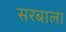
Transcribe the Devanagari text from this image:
सरबाला